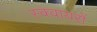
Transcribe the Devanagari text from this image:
स्क्वायरों